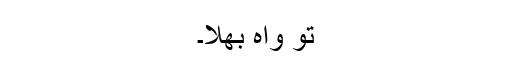
تو واہ بھلا۔